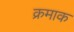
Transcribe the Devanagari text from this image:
क्रमाक